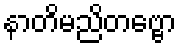
နာတိမညိတဗ္ဗော